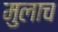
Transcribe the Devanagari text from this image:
मुलाच